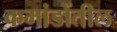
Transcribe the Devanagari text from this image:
कमांडोंतील